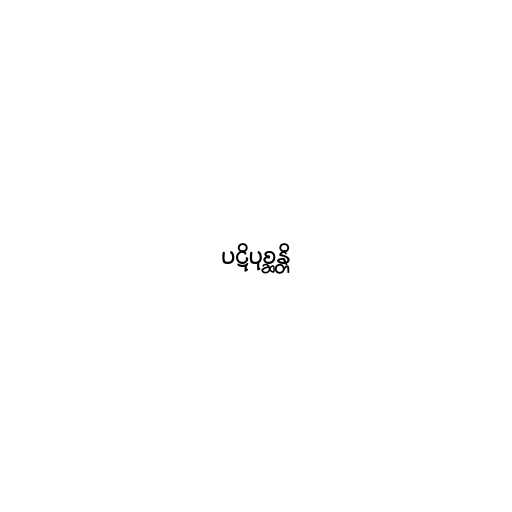
ပဋိပုစ္ဆန္တိ